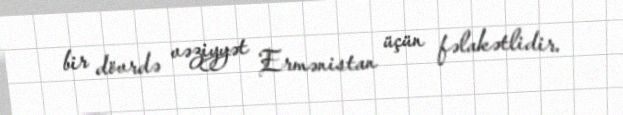
bir dövrdə vəziyyət Ermənistan üçün fəlakətlidir.